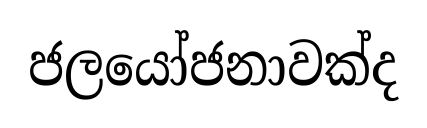
ජලයෝජනාවක්ද